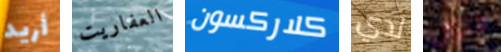
أريد العفاريت كلاركسون لدي لانزال